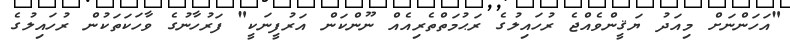
"އަހަންނަށް މިއަދު ޔަޤީންވެއްޖެ ރުހައިލުގެ ރަޙުމަތްތެރިއެއް ނޫންކަން އަރުފީނަކީ" ފަރުހާނުގެ ވާހަކަތަކުން ރުހައިލުގެ